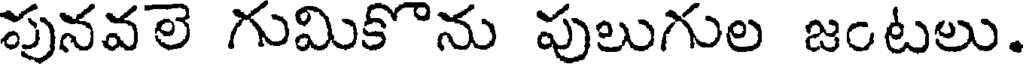
పునవలె గుమికొను పులుగుల జంటలు.